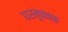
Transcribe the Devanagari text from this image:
धरमूचक्क